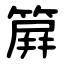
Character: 簈